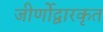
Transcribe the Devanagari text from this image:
जीर्णोद्वारकृत